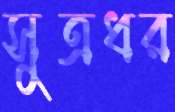
সুত্রধর